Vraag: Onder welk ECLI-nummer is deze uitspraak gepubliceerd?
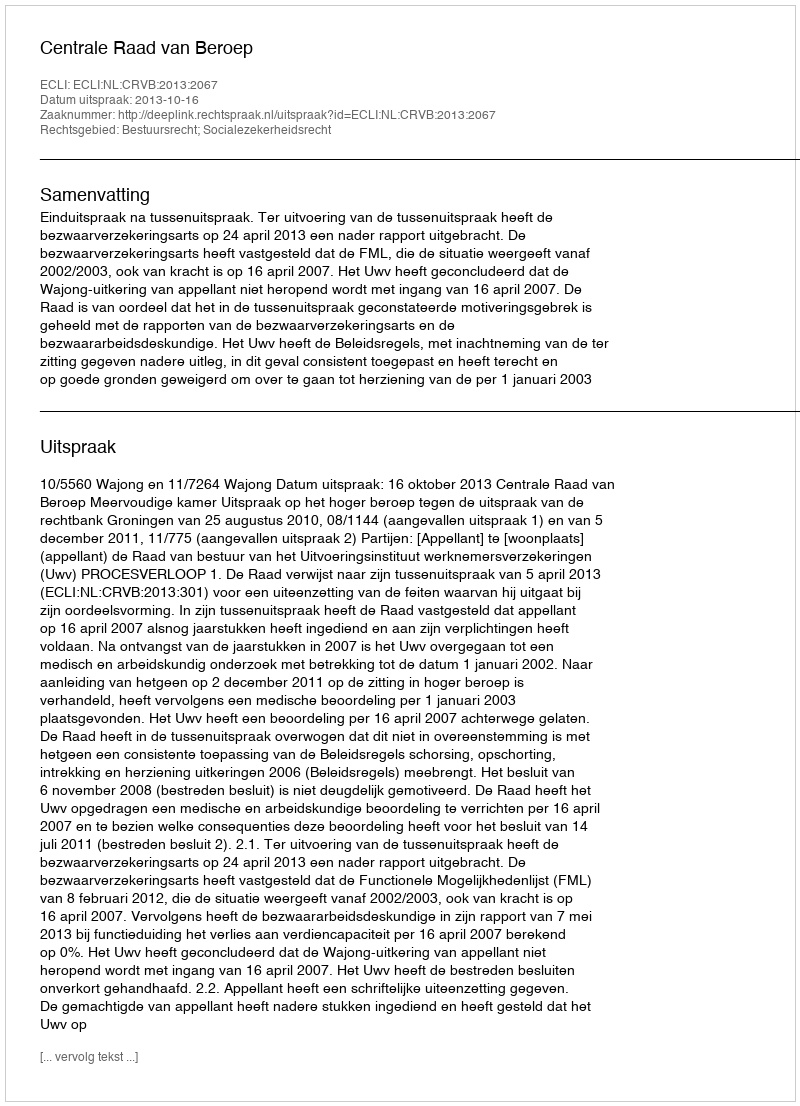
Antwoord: ECLI:NL:CRVB:2013:2067